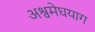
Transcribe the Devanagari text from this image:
अश्वमेघयाग